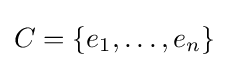
C=\{e_{1},\ldots ,e_{n}\}